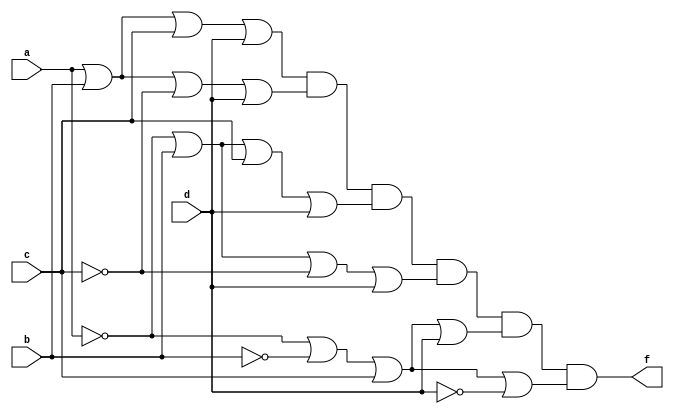
// (b+d)(a'+b'+c)
//=(aa'+b+cc'+d)(a'+b'+c"dd')
//=(a+b+c+d)(a+b+c'+d)(a'+b+c+d)(a'+b+c'+d)(a'+b'+c+d)(a'+b'+c+d')
//pos form

module pos(f, a, b, c, d);

input a, b, c, d;
output f;
wire inva, invb, invc, invd, ini_form, or_e, 
        or_f, or_g, or_h, or_i, or_j;

not not_1 (inva,a);
not not_2 (invb, b);
not not_3 (invc, c);
not not_4 (invd, d);
or or_1 (or_e, a, b, c, d);
or or_2 (or_f, a, b, invc, d);
or or_3 (or_g, inva, b, c, d);
or or_4 (or_h, inva, b, invc, d);
or or_5 (or_i, inva, invb, c, d);
or or_6 (or_j, inva, invb, c, invd);
and and_last (f, or_e, or_f, or_g, or_h, or_i, or_j);

endmodule


module pos_tb;

reg A, B, C, D;
wire F;
pos pos_1(F, A, B, C, D);

initial begin

    $monitor("time: %3t: A is %b, B is %b, C is %b, D is %b, F is %b.", $time, A, B, C, D, F);
    # 5 A = 0; B = 0; C = 0; D = 0;
    # 5 A = 0; B = 0; C = 0; D = 1;
    # 5 A = 0; B = 0; C = 1; D = 0;
    # 5 A = 0; B = 0; C = 1; D = 1;
    # 5 A = 0; B = 1; C = 0; D = 0;
    # 5 A = 0; B = 1; C = 0; D = 1;
    # 5 A = 0; B = 1; C = 1; D = 0;
    # 5 A = 0; B = 1; C = 1; D = 1;
    # 5 A = 1; B = 0; C = 0; D = 0;
    # 5 A = 1; B = 0; C = 0; D = 1;
    # 5 A = 1; B = 0; C = 1; D = 0;
    # 5 A = 1; B = 0; C = 1; D = 1;
    # 5 A = 1; B = 1; C = 0; D = 0;
    # 5 A = 1; B = 1; C = 0; D = 1;
    # 5 A = 1; B = 1; C = 1; D = 0;
    # 5 A = 1; B = 1; C = 1; D = 1;
    #10 $finish;
    end

endmodule